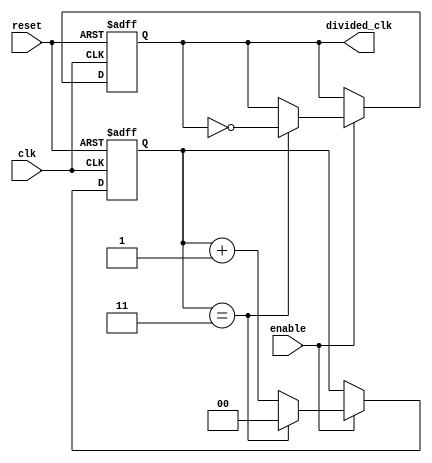
module frequency_divider_counter #(
    parameter N = 4  // Division factor (can be changed as needed)
)(
    input wire clk,          // Input clock signal
    input wire reset,        // Asynchronous reset signal
    input wire enable,       // Optional enable signal
    output reg divided_clk    // Output divided clock signal
);

    reg [$clog2(N)-1:0] counter; // Counter to hold the current count value

    always @(posedge clk or posedge reset) begin
        if (reset) begin
            counter <= 0;          // Reset counter to 0
            divided_clk <= 0;      // Set divided clock to low
        end else if (enable) begin
            if (counter == N-1) begin
                counter <= 0;      // Reset counter
                divided_clk <= ~divided_clk; // Toggle divided clock
            end else begin
                counter <= counter + 1; // Increment counter
            end
        end
    end

endmodule